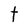
Character: t